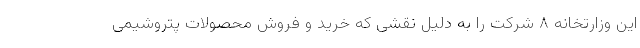
این وزارتخانه ۸ شرکت را به دلیل نقشی که خرید و فروش محصولات پتروشیمی